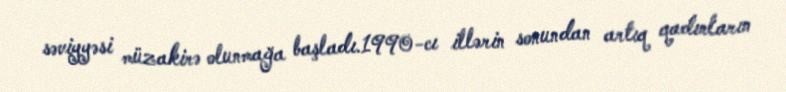
səviyyəsi müzakirə olunmağa başladı.1990-cı illərin sonundan artıq qadınların